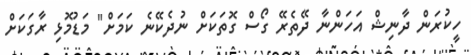
ހީކުރަން ދާނިޝް އަހަންނާ ދޭތެރޭ ގޯސް ގޮތަކަށް ނުދެކޭނެ ކަމަށް" މަޑުމޮޅި ރާގަކަށް